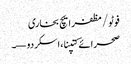
فوٹو/ مظفر ایچ بخاری
صحرائے کتپنا، اسکردو—۔